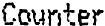
COUNTER